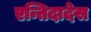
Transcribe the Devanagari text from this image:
एन्तिदादेस